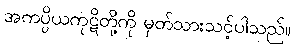
အကပ္ပိယကုဋိတို့ကို မှတ်သားသင့်ပါသည်။